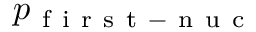
p _ { \mathrm { ~ f ~ i ~ r ~ s ~ t ~ - ~ n ~ u ~ c ~ } }